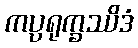
ကပ္ပရုက္ခဿိဒံ